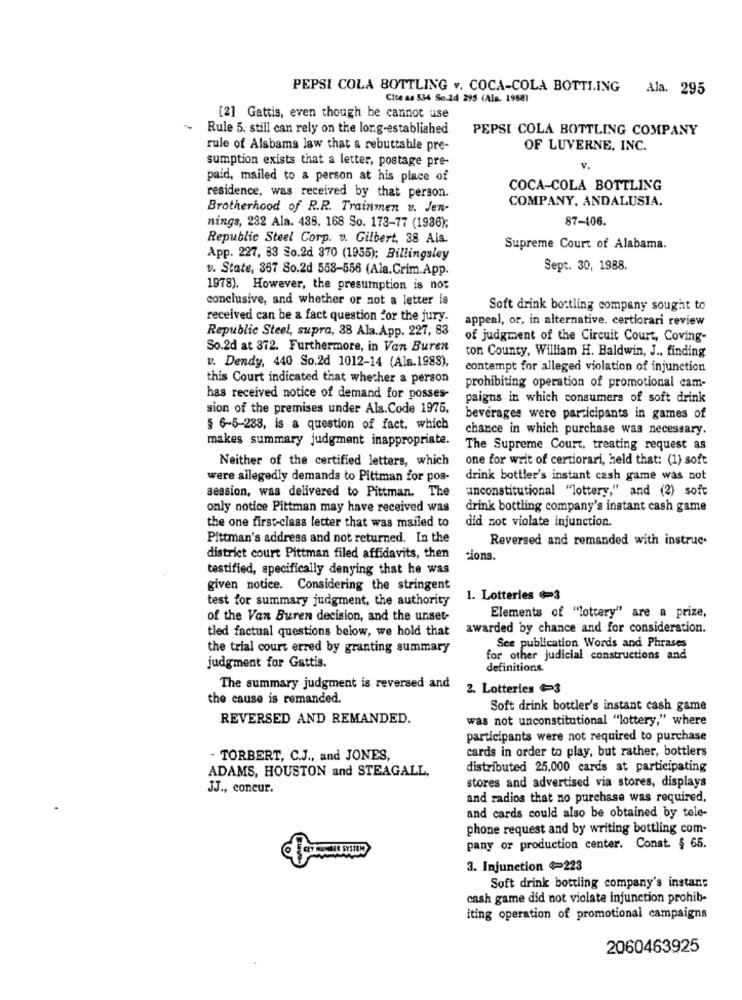
PEPSI COLA BOTTLING .. COCA-COLA BOTTLING Ala. 295
Cite as 534 So.24 295 (Ale. 1988)
[2] Gattis, even though he cannot use
Rule 5. still can rely on the long-established
PEPSI COLA BOTTLING COMPANY
rule of Alabama law that a rebuttable pre-
OF LUVERNE, INC.
sumption exists that a letter, postage pre-
V.
paid, mailed to a person at his place of
COCA-COLA BOTTLING
residence, was received by that person.
COMPANY, ANDALUSIA.
Brotherhood of R.R. Trainmen v. Jen-
87-106.
nings, 282 Ala. 438, 168 So. 173-77 (1936);
Republic Steel Corp. v. Gilbert, 38 Ala.
Supreme Court of Alabama.
App. 227, 83 So.2d 370 (1955); Billingsley
v. State, 367 So.2d 558-556 (Ala.Crim.App.
Sept. 30, 1988.
1978). However, the presumption is not
conclusive, and whether or not a letter is
Soft drink bottling company sought to
received can be a fact question for the jury.
appeal, or, in alternative. certiorari review
Republic Steel, supra, 38 Ala.App. 227, 83
of judgment of the Circuit Court, Coving-
So.2d at 872. Furthermore, in Van Buren
ton County, William H. Baldwin, J ., finding
v. Dendy, 440 So.2d 1012-14 (Ala.1983),
contempt for alleged violation of injunction
this Court indicated that whether a person
prohibiting operation of promotional cam-
has received notice of demand for posses-
paigns in which consumers of soft drink
sion of the premises under Ala.Code 1975,
beverages were participants in games of
§ 6-5-288, is a question of fact, which
chance in which purchase was necessary.
makes summary judgment inappropriate.
The Supreme Court, treating request as
Neither of the certified letters, which
one for writ of certiorari, held that: (1) soft
were allegedly demands to Pittman for pos-
drink bottler's instant cash game was not
unconstitutional "lottery," and (2) soft
session, was delivered to Pittman. The
only notice Pittman may have received was
drink bottling company's instant cash game
the one first-class letter that was mailed to
did not violate injunction.
Pittman's address and not returned. In the
Reversed and remanded with instruc.
district court Pittman filed affidavits, then
cions.
testified, specifically denying that he was
given notice. Considering the stringent
test for summary judgment, the authority
1. Lotteries =3
of the Van Buren decision, and the unset-
Elements of "lottery" are a prize,
tled factual questions below, we hold that
awarded by chance and for consideration.
See publication Words and Phrases
the trial court erred by granting summary
for other judicial constructions and
judgment for Gattis.
definitions.
The summary judgment is reversed and
2. Lotteries 3
the cause is remanded.
Soft drink bottler's instant cash game
REVERSED AND REMANDED.
was not unconstitutional "lottery," where
participants were not required to purchase
cards in order to play, but rather, bottlers
- TORBERT, C.J ., and JONES,
ADAMS, HOUSTON and STEAGALL,
distributed 25,000 cards at participating
stores and advertised via stores, displays
JJ ., coneur.
and radios that no purchase was required,
and cards could also be obtained by tele-
phone request and by writing bottling com-
pany or production center.
Const. $ 65.
3. Injunction $=223
Soft drink bottling company's instant
cash game did not violate injunction prohib-
iting operation of promotional campaigns
2060463925